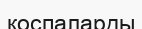
қоспаларды